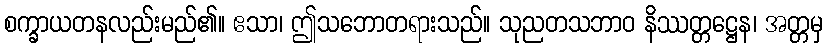
စက္ခာယတနလည်းမည်၏။ ဧသာ၊ ဤသဘောတရားသည်။ သုညတသဘာဝ နိဿတ္တဋ္ဌေန၊ အတ္တမှ